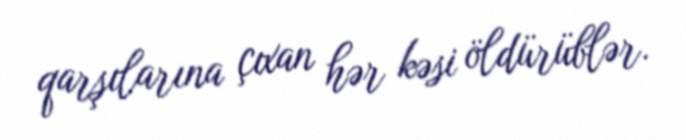
qarşılarına çıxan hər kəsi öldürüblər.